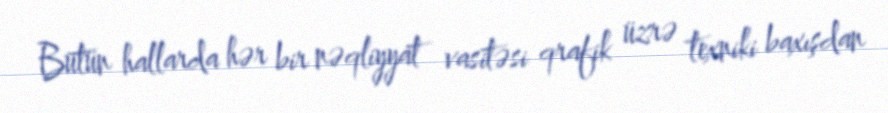
Bütün hallarda hər bir nəqliyyat vasitəsi qrafik üzrə texniki baxışdan